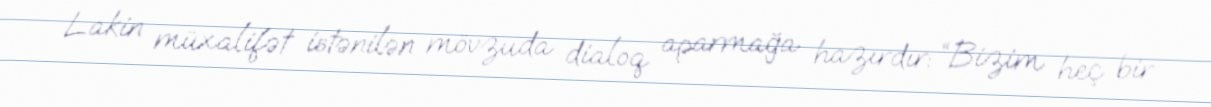
Lakin müxalifət istənilən mövzuda dialoq aparmağa hazırdır: “Bizim heç bir